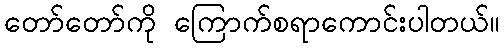
တော်တော်ကို ကြောက်စရာကောင်းပါတယ်။